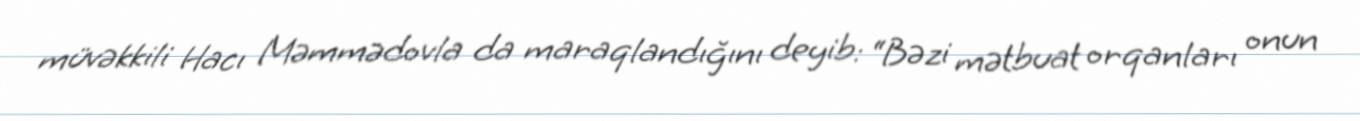
müvəkkili Hacı Məmmədovla da maraqlandığını deyib: “Bəzi mətbuat orqanları onun